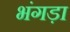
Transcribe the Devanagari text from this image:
भंगड़ा